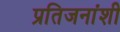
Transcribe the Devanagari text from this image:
प्रतिजनांशी